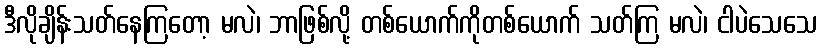
ဒီလိုချိန်းသတ်နေကြတော့ မလဲ၊ ဘာဖြစ်လို့ တစ်ယောက်ကိုတစ်ယောက် သတ်ကြ မလဲ၊ ငါပဲသေသေ